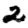
Digit: 2